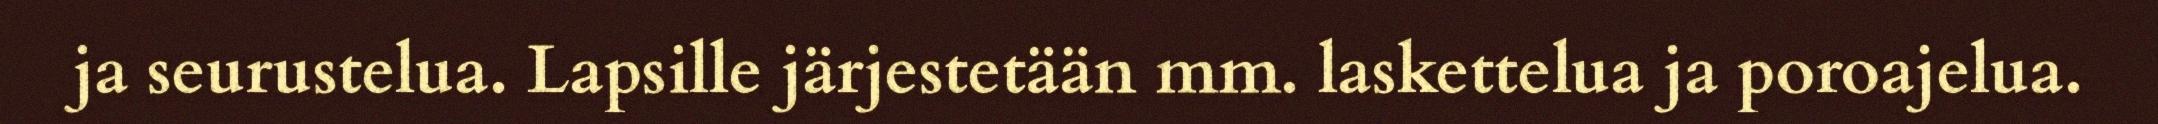
ja seurustelua. Lapsille järjestetään mm. laskettelua ja poroajelua.